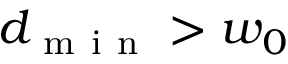
d _ { \mathrm { ~ m ~ i ~ n ~ } } > w _ { 0 }